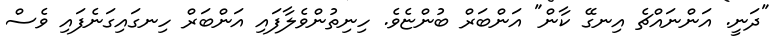
"ދަނީ. އަންނައްޗެ އިނގޭ ކާން" އަންބަރް ބުންޏެވެ. ހިނިތުންވެލާފައި އަންބަރް ހިނގައިގަނެފައި ވެސް